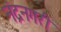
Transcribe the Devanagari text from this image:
नंद्रनगरी